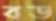
বড